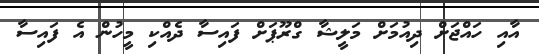
އާއި ހައްޖަށް ދިއުމަށް މަލީޝާ ގްރޫޕަށް ފައިސާ ދެއްކި މީހުން އެ ފައިސާ